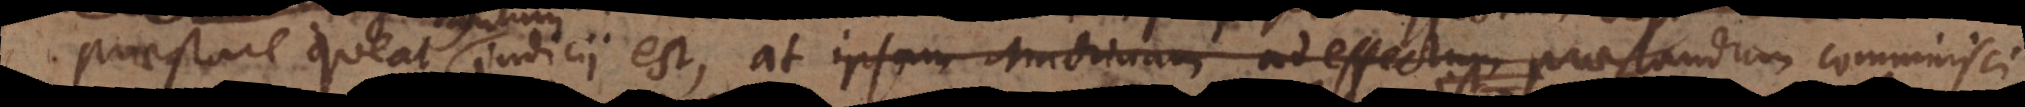
praestare queat judicii est, at ipsam Machinam ad effectum praestandum comminisci